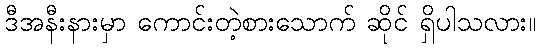
ဒီအနီးနားမှာ ကောင်းတဲ့စားသောက် ဆိုင် ရှိပါသလား။